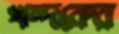
খন্দকের